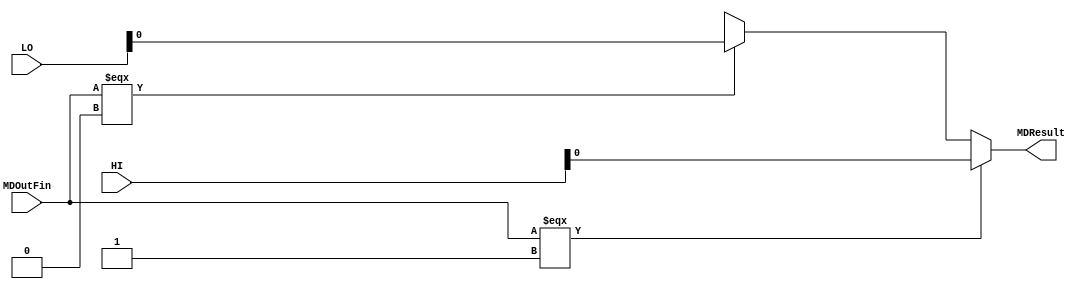
`timescale 1ns / 1ps
//////////////////////////////////////////////////////////////////////////////////
// Company: 
// Engineer: 
// 
// Design Name: 
// Module Name:    mux7 
// Project Name: 
// Target Devices: 
// Tool versions: 
// Description: 
//
// Dependencies: 
//
// Revision: 
// Revision 0.01 - File Created
// Additional Comments: 
//
//////////////////////////////////////////////////////////////////////////////////
module MUX_HiOrLo(
	input [31:0]HI,
	input [31:0]LO,
	input MDOutFin,
	output MDResult
    );
	assign MDResult = (MDOutFin === 1) ? HI :
							(MDOutFin === 0) ? LO : 
							32'bx;
endmodule